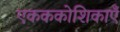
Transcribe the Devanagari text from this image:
एकककोशिकाएँ